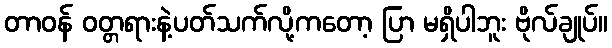
တာဝန် ဝတ္တရားနဲ့ပတ်သက်လို့ကတော့ ပြာ မရှိပါဘူး ဗိုလ်ချုပ်။